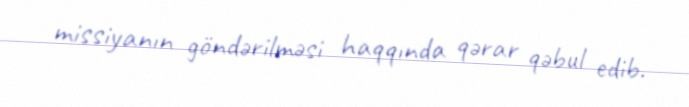
missiyanın göndərilməsi haqqında qərar qəbul edib.